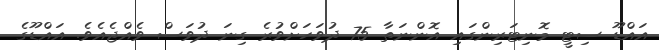
އައްޑޫ ސިޓީ މޮނިޓަރިންގައި އޮންނަތާ 75 ދުވަހަށްވުރެ ގިނަ ދުވަސް ވެއްޖެއެވެ. އައްޑޫގެ